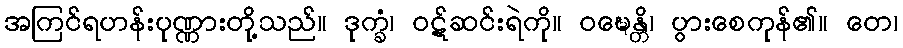
အကြင်ရဟန်းပုဏ္ဏားတို့သည်။ ဒုက္ခံ၊ ဝဋ်ဆင်းရဲကို။ ဝဍ္ဎေန္တိ၊ ပွားစေကုန်၏။ တေ၊